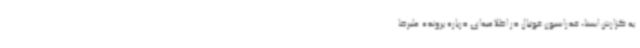
به گزارش ایسنا، فدراسیون فوتبال در اطلاعیه‌ای درباره پرونده علیرضا